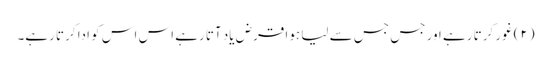
(۲) غور کرتا رہے اور جس جس سے لیا ہوا قرض یاد آتا رہے اس اس کو ادا کرتا رہے۔